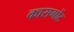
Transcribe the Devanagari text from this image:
कासर्गोट